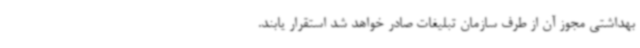
بهداشتی مجوز آن از طرف سازمان تبلیغات صادر خواهد شد استقرار یابند.